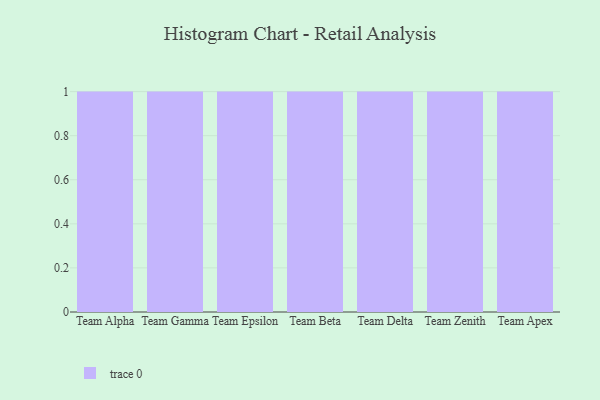
{"axis": {"x": "Team", "y": "Humidity (%)"}, "legend": [""], "data": [{"x": "Team Alpha", "y": 51, "type": ""}, {"x": "Team Gamma", "y": 71, "type": ""}, {"x": "Team Epsilon", "y": 5, "type": ""}, {"x": "Team Beta", "y": 44, "type": ""}, {"x": "Team Delta", "y": 47, "type": ""}, {"x": "Team Zenith", "y": 77, "type": ""}, {"x": "Team Apex", "y": 85, "type": ""}]}